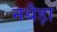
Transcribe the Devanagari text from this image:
नथैड़ा